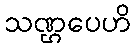
သဏ္ဌပေဟိ